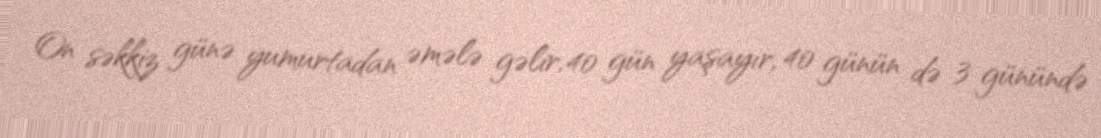
On səkkiz günə yumurtadan əmələ gəlir, 40 gün yaşayır, 40 günün də 3 günündə